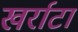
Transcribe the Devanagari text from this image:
खर्राटा